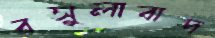
রসুলাবাদ